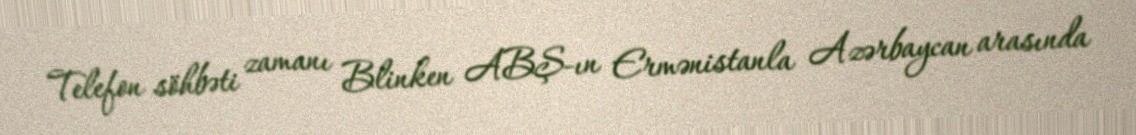
Telefon söhbəti zamanı Blinken ABŞ-ın Ermənistanla Azərbaycan arasında